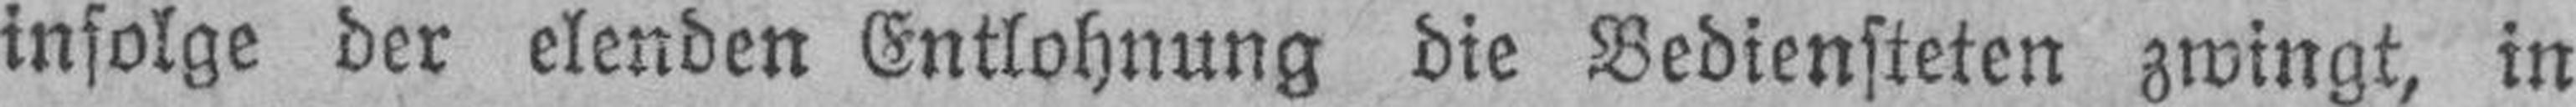
infolge der elenden Entlohnung die Bediensteten zwingt, in